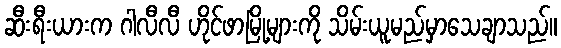
ဆီးရီးယားက ဂါလီလီ ဟိုင်ဖာမြို့များကို သိမ်းယူမည်မှာသေချာသည်။